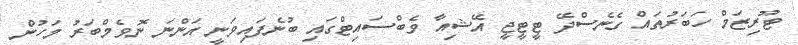
ޓޫރިޒަމް ހަބަރުތައް ގެނެސްދޭ ޓީޓީޖީ އޭޝިއާ ވެބްސައިޓްގައި ބުނެފައިވަނީ އަންނަ ނޮވެމްބަރު މަހުން